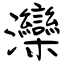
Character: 灤